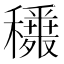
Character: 𥣾